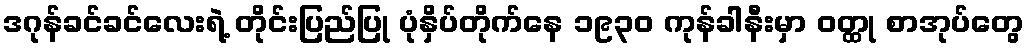
ဒဂုန်ခင်ခင်လေးရဲ့ တိုင်းပြည်ပြု ပုံနှိပ်တိုက်နေ ၁၉၃၀ ကုန်ခါနီးမှာ ဝတ္ထု စာအုပ်တွေ